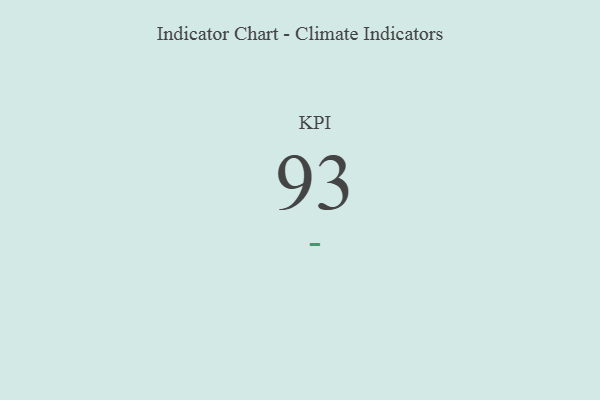
{"axis": {"x": "KPI", "y": "Value"}, "legend": [""], "data": [{"x": "KPI", "y": 93, "type": ""}]}